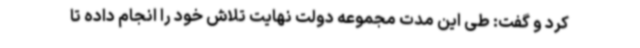
کرد و گفت: طی این مدت مجموعه دولت نهایت تلاش خود را انجام داده تا